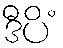
ဒီပိံ